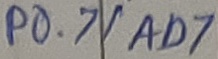
Text: P0.7/AD7